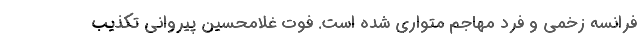
فرانسه زخمی و فرد مهاجم متواری شده است. فوت غلامحسین پیروانی تکذیب